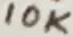
Text: 10K